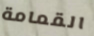
القمامة